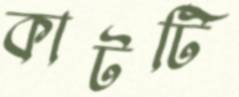
কাটটি